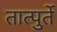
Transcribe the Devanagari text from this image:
तात्पुर्ते